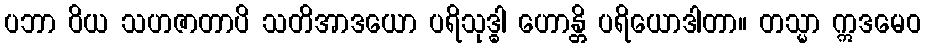
ပဘာ ဝိယ သဟဇာတာပိ သတိအာဒယော ပရိသုဒ္ဓါ ဟောန္တိ ပရိယောဒါတာ။ တသ္မာ ဣဒမေဝ